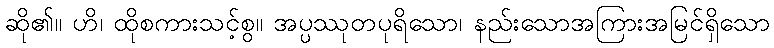
ဆို၏။ ဟိ၊ ထိုစကားသင့်စွ။ အပ္ပဿုတပုရိသော၊ နည်းသောအကြားအမြင်ရှိသော